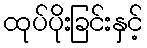
ထုပ်ပိုးခြင်းနှင့်